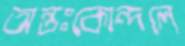
অন্তঃকোন্দলে